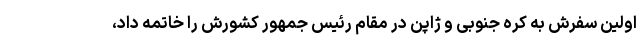
اولین سفرش به کره جنوبی و ژاپن در مقام رئیس جمهور کشورش را خاتمه داد،